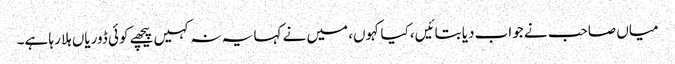
میاں صاحب نے جواب دیا بتائیں، کیا کہوں، میں نے کہا یہ نہ کہیں پیچھے کوئی ڈوریاں ہلا رہا ہے۔